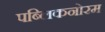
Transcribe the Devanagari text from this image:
पब्लिकनोरम